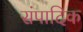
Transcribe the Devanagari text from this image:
संपादिक